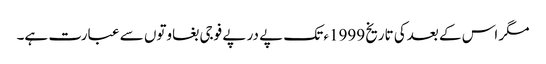
مگر اس کے بعدکی تاریخ 1999ء تک پے در پے فوجی بغاوتوں سے عبارت ہے۔